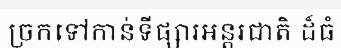
ច្រកទៅកាន់ទីផ្សារអន្តរជាតិ ដ៏ធំ